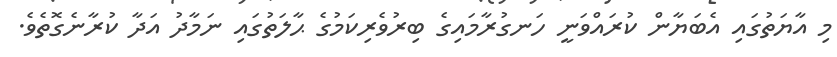
މި އާޔަތުގައި އެބަޔާން ކުރައްވަނީ ހަނގުރާމައިގެ ބިރުވެރިކަމުގެ ޙާލަތުގައި ނަމާދު އަދާ ކުރާނެގޮތެވެ.